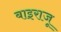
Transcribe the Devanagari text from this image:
बाइराजू